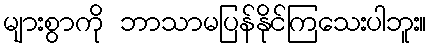
များစွာကို ဘာသာမပြန်နိုင်ကြသေးပါဘူး။